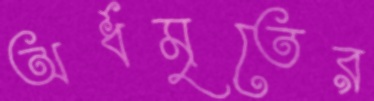
অর্ধমৃতের